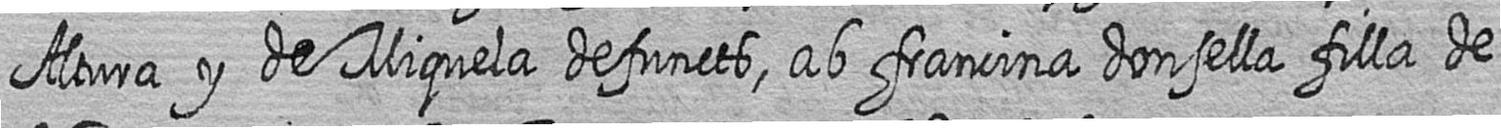
Altura y de Miquela defuncts ab francina donsella filla de